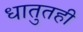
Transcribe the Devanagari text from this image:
धातुतही